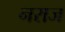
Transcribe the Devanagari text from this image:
नराज